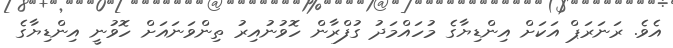
އެވެ. ރަނަރަޕް އަކަށް އިންޑިޔާގެ މުހައްމަދު ގުފްރާާން ހޮވުނުއިރު ތިންވަނައަށް ހޮވުނީ އިންޑިޔާގެ